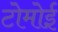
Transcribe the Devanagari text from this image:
टोमोई